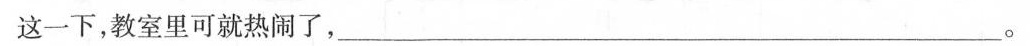
这一下，教室里可就热闹了，___。